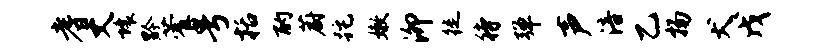
耆丈壤黔藿号括酌蔚跎嫩泖徙待弹声涪乙扬犬戊